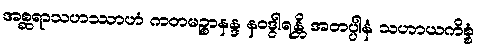
အစ္ဆရာသဟဿာဟံ ကတမဉ္စာနန္ဒ နဝဒွါရန္တိ အတပ္ပါနံ သဟာယကိစ္စံ